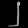
Digit: ၂